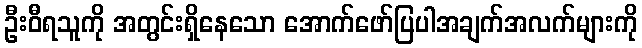
ဦးဝီရသူကို အတွင်းရှိနေသော အောက်ဖော်ပြပါအချက်အလက်များကို